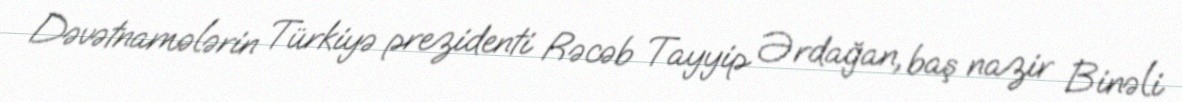
Dəvətnamələrin Türkiyə prezidenti Rəcəb Tayyip Ərdağan, baş nazir Binəli